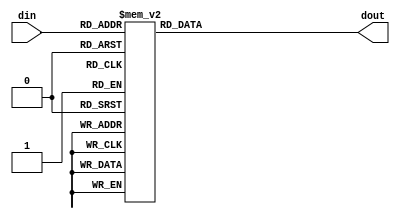
module SevenSeg(din,dout);
    input [3:0] din;
    output reg[6:0] dout;

    always@(din) begin
       case(din)
            4'b0000:dout = 7'b0111111; 
            4'b0001:dout = 7'b0000110; 
            4'b0010:dout = 7'b1011011; 
            4'b0011:dout = 7'b1001111; 
            4'b0100:dout = 7'b1100110; 
            4'b0101:dout = 7'b1101101; 
            4'b0110:dout = 7'b1111101; 
            4'b0111:dout = 7'b0000111; 
            4'b1000:dout = 7'b1111111; 
            4'b1001:dout = 7'b1101111; 
            4'b1010:dout = 7'b1110111; 
            4'b1011:dout = 7'b1111100; 
            4'b1100:dout = 7'b0111001; 
            4'b1101:dout = 7'b1011110; 
            4'b1110:dout = 7'b1111001; 
            4'b1111:dout = 7'b1110001; 
            default:dout = 7'b0000000;
       endcase
    end
endmodule